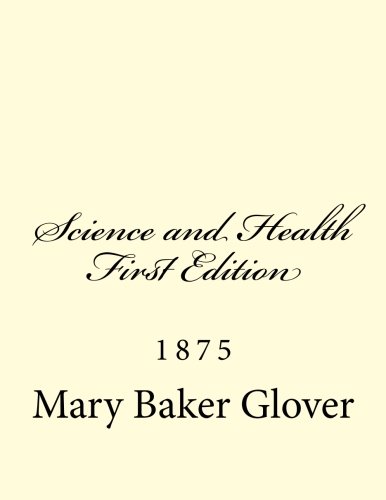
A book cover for Science and Health First Edition; Mary Baker Glover; Christian Books & Bibles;